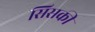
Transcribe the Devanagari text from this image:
सिसकी